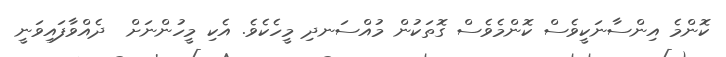
ކޮންމެ އިންސާނަކީވެސް ކޮންމެވެސް ގޮތަކުން މުއްސަނދި މީހެކެވެ. އެކި މީހުންނަށް  ދެއްވާފައިވަނީ